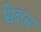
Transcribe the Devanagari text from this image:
सिटरस